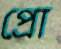
প্রো